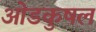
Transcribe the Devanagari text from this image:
ओडकुषल